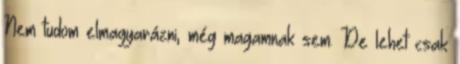
Nem tudom elmagyarázni, még magamnak sem. De lehet csak